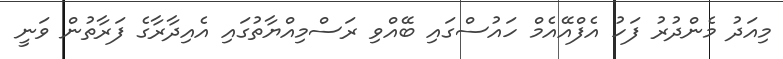
މިއަދު މެންދުރު ފަހު އެފްއޭއެމް ހައުސްގައި ބޭއްވި ރަސްމިއްޔާތުގައި އެއިދާރާގެ ފަރާތުން ވަނީ